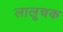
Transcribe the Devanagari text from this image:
लालूचक